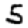
Digit: 5